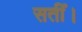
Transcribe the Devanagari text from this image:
सतीं।